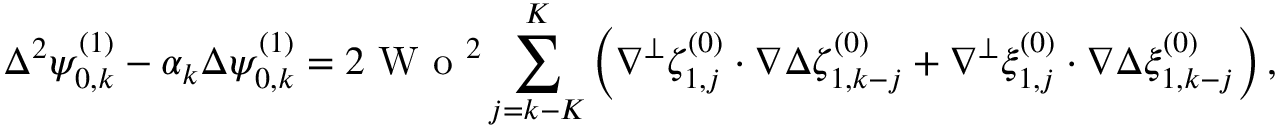
\Delta ^ { 2 } \psi _ { 0 , k } ^ { ( 1 ) } - \alpha _ { k } \Delta \psi _ { 0 , k } ^ { ( 1 ) } = 2 \textrm { W o } ^ { 2 } \sum _ { j = k - K } ^ { K } \left( \nabla ^ { \perp } \zeta _ { 1 , j } ^ { ( 0 ) } \cdot \nabla \Delta \zeta _ { 1 , k - j } ^ { ( 0 ) } + \nabla ^ { \perp } \xi _ { 1 , j } ^ { ( 0 ) } \cdot \nabla \Delta \xi _ { 1 , k - j } ^ { ( 0 ) } \right) ,